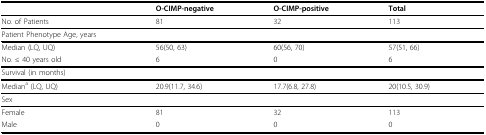
|  | O-CIMP-negative | O-CIMP-positive | Total |
 | --- | --- | --- | --- |
 | No. of Patients | 81 | 32 | 113 |
 | Patient Phenotype Age, years |  |  |  |
 | Median (LQ, UQ) | 56(50, 63) | 60(56, 70) | 57(51, 66) |
 | No. ≤ 40 years old | 6 | 0 | 6 |
 | Survival (in months) |  |  |  |
 | Mediana (LQ, UQ) | 20.9(11.7, 34.6) | 17.7(6.8, 27.8) | 20(10.5, 30.9) |
 | Sex |  |  |  |
 | Female | 81 | 32 | 113 |
 | Male | 0 | 0 | 0 |